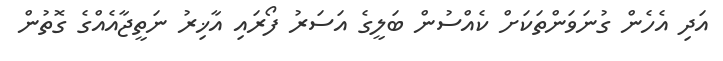
އަދި އެހެން ގުނަވަންތަކަށް ކެއްސުން ބަލީގެ އަސަރު ފޯރައި އާޚިރު ނަތީޖާއެއްގެ ގޮތުން